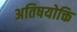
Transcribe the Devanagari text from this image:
अतिषयोक्ति